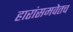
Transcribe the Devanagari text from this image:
हारांसमवेतच